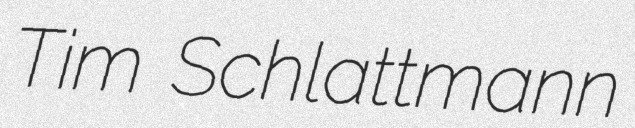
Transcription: Tim Schlattmann